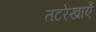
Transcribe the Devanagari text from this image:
तटरेखाएँ